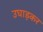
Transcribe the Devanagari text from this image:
उघाड़कर